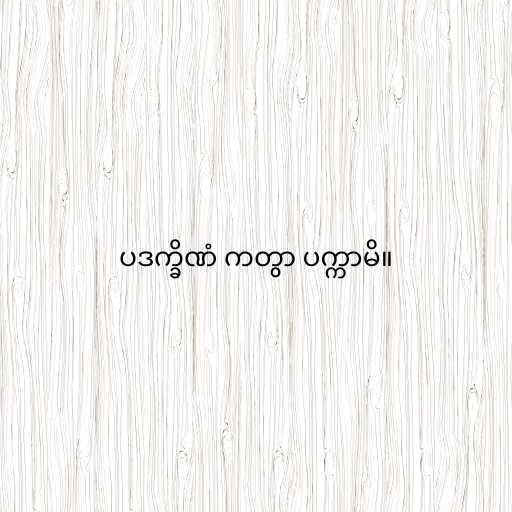
ပဒက္ခိဏံ ကတွာ ပက္ကာမိ။